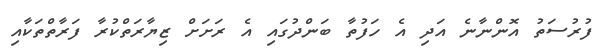
ފުރުސަތު އޮންނާނެ އަދި އެ ހަފުތާ ބަންދުގައި އެ ރަށަށް ޒިޔާރަތްކުރާ ފަރާތްތަކާއި